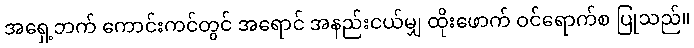
အရှေ့ဘက် ကောင်းကင်တွင် အရောင် အနည်းငယ်မျှ ထိုးဖောက် ဝင်ရောက်စ ပြုသည်။